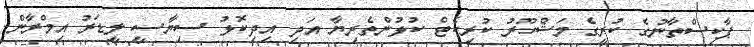
ޕާކިސްތާނުގެ ކުރީގެ މަޝްހޫރު ކުރިކެޓް ކުޅުންތެރިޔާ އަދި އިދިކޮޅު ސިޔާސީ ލީޑަރު އިމްރާން